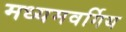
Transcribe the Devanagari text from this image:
मध्यमवर्गिय